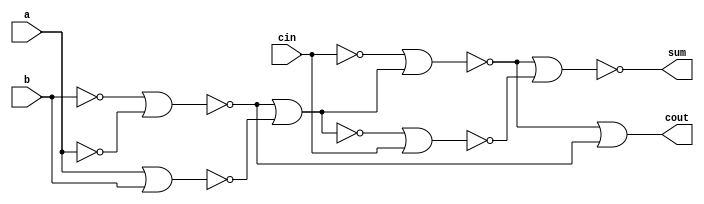
`timescale 1ns / 1ps
//////////////////////////////////////////////////////////////////////////////////
// Company: 
// Engineer: 
// 
// Design Name: 
// Module Name: FA_NOR
// Project Name: 
// Target Devices: 
// Tool Versions: 
// Description: 
// 
// Dependencies: 
// 
// Revision:
// Revision 0.01 - File Created
// Additional Comments:
// 
//////////////////////////////////////////////////////////////////////////////////


module FA_NOR(a,b,cin,sum,cout );

input a,b,cin;
output sum,cout;
wire[10:1]w;

nor(w[1],a,a),
(w[2],a,b),
(w[3],b,b),
(w[4],w[3],w[1]),
(w[5],w[4],w[2]),
(w[6],w[5],w[5]),
(w[9],w[5],cin),
(w[10],cin,cin),
(w[7],w[10],w[6]),
(w[8],w[7],w[4]),
(cout,w[8],w[8]),
(sum,w[7],w[9]);

endmodule